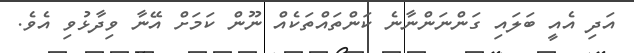
އަދި އެއީ ބަލައި ގަންނަންނާނެ ކަންތައްތަކެއް ނޫން ކަމަށް އޭނާ ވިދާޅުވި އެވެ.